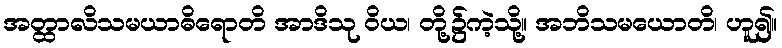
အတ္ထာလိသမယာဓိရောတိ အာဒိသု ဝိယ၊ တို့၌ကဲ့သို့။ အဘိသမယောတိ၊ ဟူ၍။